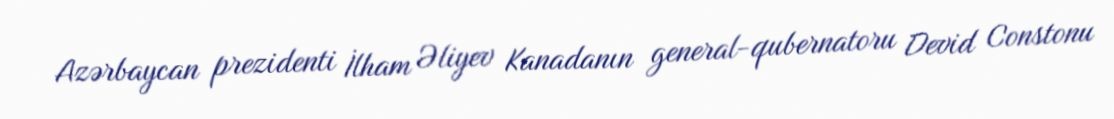
Azərbaycan prezidenti İlham Əliyev Kanadanın general-qubernatoru Devid Constonu